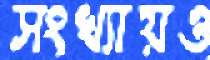
সংখ্যায়ও